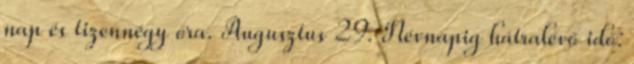
nap és tizennégy óra. Augusztus 29. Névnapig hátralévő idő: